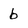
Character: b